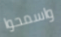
واسمحوا